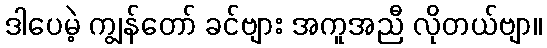
ဒါပေမဲ့ ကျွန်တော် ခင်ဗျား အကူအညီ လိုတယ်ဗျာ။